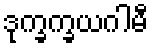
ဒုက္ခက္ခယဂါမီ